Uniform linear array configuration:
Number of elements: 16
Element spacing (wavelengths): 1
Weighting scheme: exponential
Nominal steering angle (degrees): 0
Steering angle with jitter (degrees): -1.484
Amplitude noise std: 0.05
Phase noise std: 0.05

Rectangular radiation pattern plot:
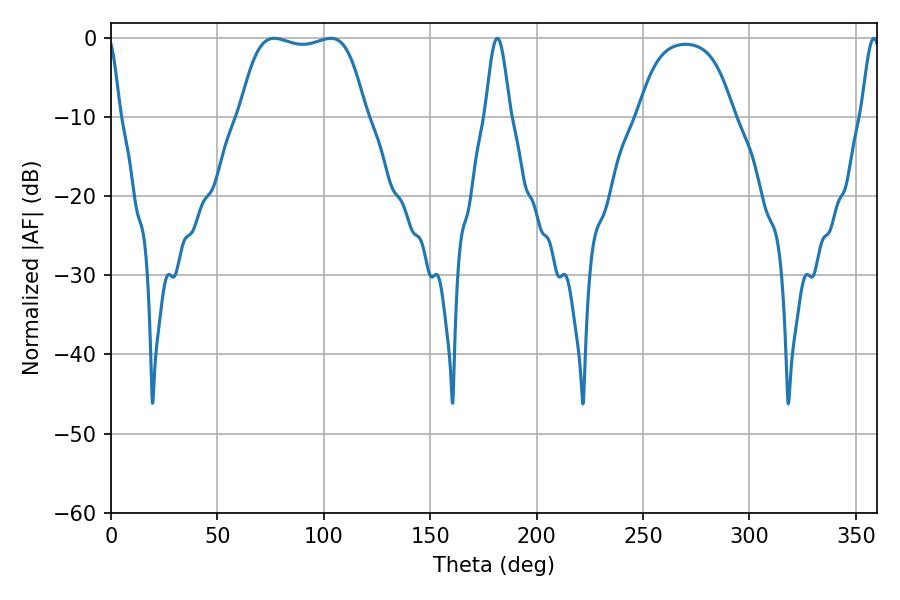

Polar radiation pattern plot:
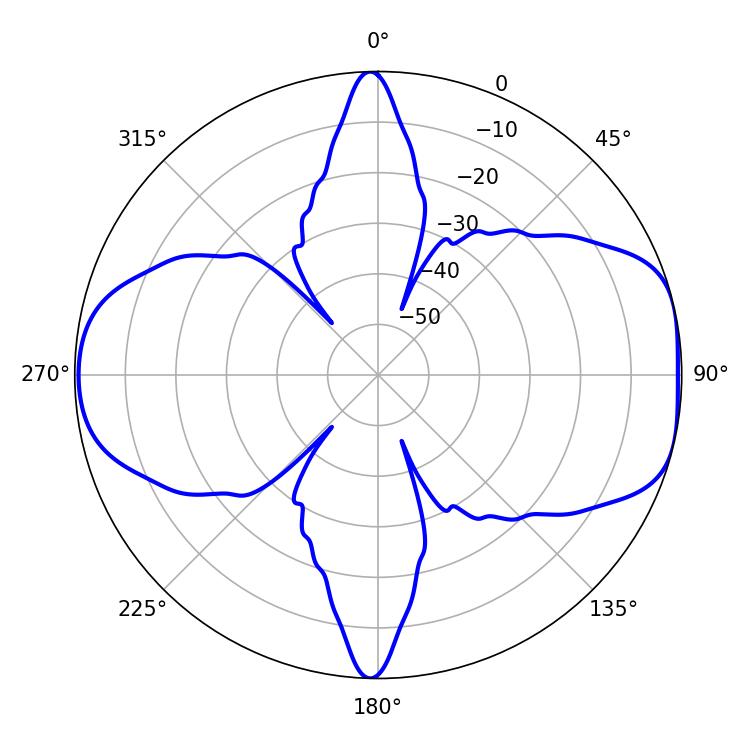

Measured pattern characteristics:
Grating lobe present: TRUE
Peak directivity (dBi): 8.001
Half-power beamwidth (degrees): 46.44
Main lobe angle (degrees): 76.68